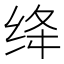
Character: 绛